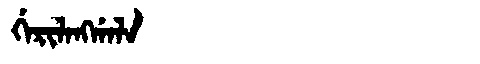
Manchu: ᡤᡝᡵᡳᠯᠠᠩᡤᠠᠯᠠ
Romanization: GERILANGGALA